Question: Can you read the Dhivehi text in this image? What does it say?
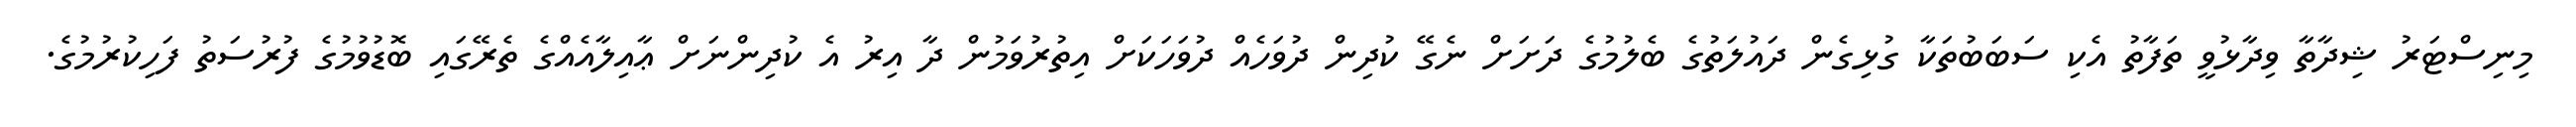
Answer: މިނިސްޓަރު ޝިދާތާ ވިދާޅުވީ ތަފާތު އެކި ސަބަބުތަކާ ގުޅިގެން ދައުލަތުގެ ބެލުމުގެ ދަށަށް ނެގޭ ކުދިން ދުވަހެއް ދުވަހަކަށް އިތުރުވަމުން ދާ އިރު އެ ކުދިންނަށް ޢާއިލާއެއްގެ ތެރޭގައި ބޮޑުވުމުގެ ފުރުސަތު ފަހިކުރުމުގެ.